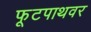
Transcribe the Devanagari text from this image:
फूटपाथवर